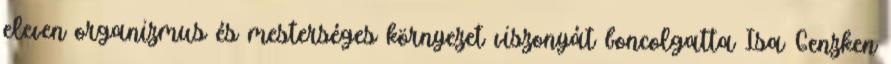
eleven organizmus és mesterséges környezet viszonyát boncolgatta Isa Genzken